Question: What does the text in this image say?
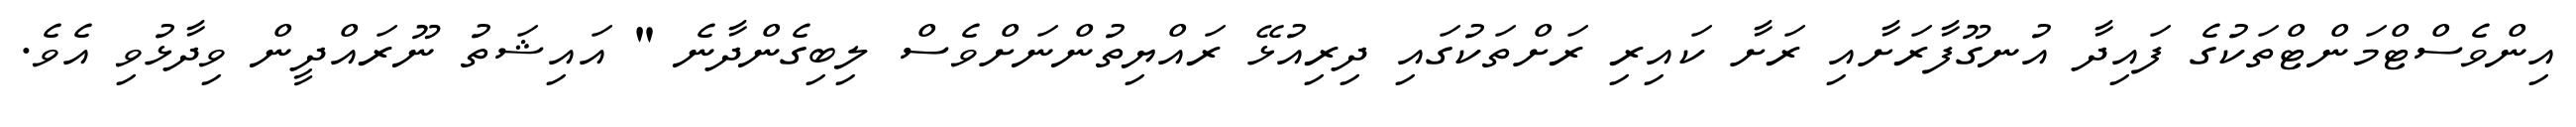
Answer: އިންވެސްޓްމަންޓްތަކުގެ ފައިދާ އުނގޫފާރަށާއި ރަށާ ކައިރި ރަށްތަކުގައި ދިރިއުޅޭ ރައްޔިތުންނަށްވެސް ލިބިގެންދާނެ " އައިޝަތު ނޫރައްދީން ވިދާޅުވި އެވެ.